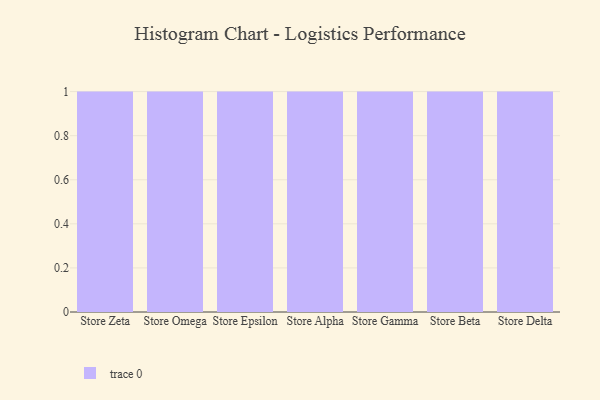
{"axis": {"x": "Store", "y": "Satisfaction Score"}, "legend": [""], "data": [{"x": "Store Zeta", "y": 43, "type": ""}, {"x": "Store Omega", "y": 33, "type": ""}, {"x": "Store Epsilon", "y": 92, "type": ""}, {"x": "Store Alpha", "y": 92, "type": ""}, {"x": "Store Gamma", "y": 39, "type": ""}, {"x": "Store Beta", "y": 84, "type": ""}, {"x": "Store Delta", "y": 66, "type": ""}]}